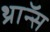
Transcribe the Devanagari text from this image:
थ्राॅन्स